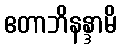
ဧတာဘိနန္ဒာမိ